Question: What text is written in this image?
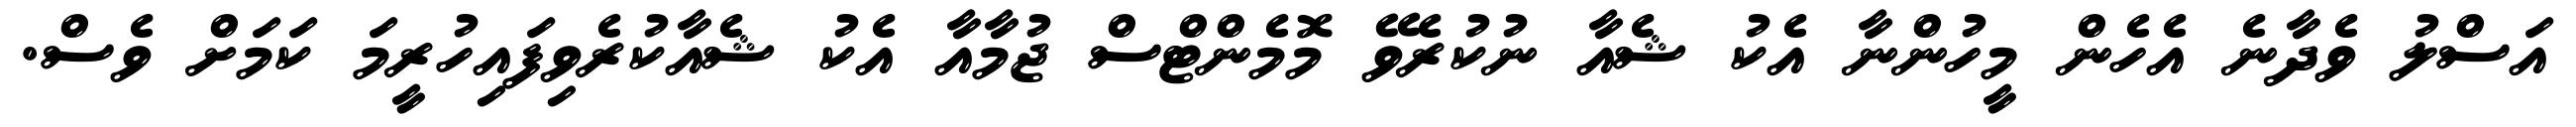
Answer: އަސްލު ވެދާނެ އެހެން މީހުންނާ އެކު ޝެއާ ނުކުރެވޭ މޮމެންޓްސް ޖުމާއާ އެކު ޝެއާކުރެވިފައިހުރީމަ ކަމަށް ވެސް.